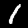
Label: 1